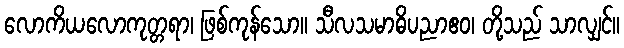
လောကိယလောကုတ္တရာ၊ ဖြစ်ကုန်သော။ သီလသမာဓိပညာဧဝ၊ တို့သည် သာလျှင်။